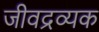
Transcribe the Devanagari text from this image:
जीवद्रव्यक